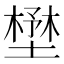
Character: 𡐨